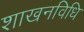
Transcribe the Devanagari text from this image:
शाखनविधि